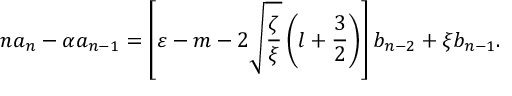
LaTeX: n a _ { n } - \alpha a _ { n - 1 } = \left[ \varepsilon - m - 2 \sqrt { \frac { \zeta } { \xi } } \left( l + { \frac { 3 } { 2 } } \right) \right] b _ { n - 2 } + \xi b _ { n - 1 } .